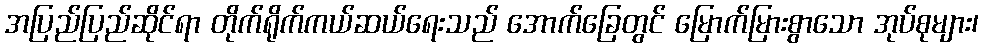
အပြည်ပြည်ဆိုင်ရာ တိုက်ရိုက်ကယ်ဆယ်ရေးသည် အောက်ခြေတွင် မြောက်မြားစွာသော အုပ်စုများ၊